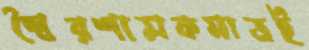
স্বৈরশাসকমাত্রই